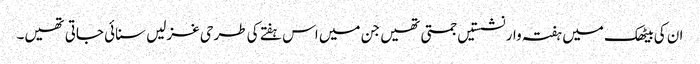
ان کی بیٹھک میں ہفتہ وار نشستیں جمتی تھیں جن میں اس ہفتے کی طرحی غزلیں سنائی جاتی تھیں۔